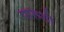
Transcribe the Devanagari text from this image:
पारूशी